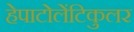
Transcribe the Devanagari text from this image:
हेपाटोलेंटिकुलर